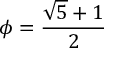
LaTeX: \phi = { \frac { { \sqrt { 5 } } + 1 } { 2 } }